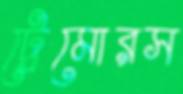
ট্রেমোরস